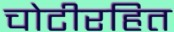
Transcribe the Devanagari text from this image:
चोटीरहित